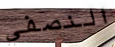
النصفي